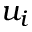
u _ { i }